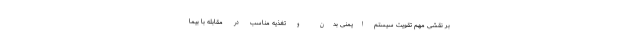
بر نقشی مهم تقویت سیستم ایمنی بدن و تغذیه مناسب در مقابله با بیما